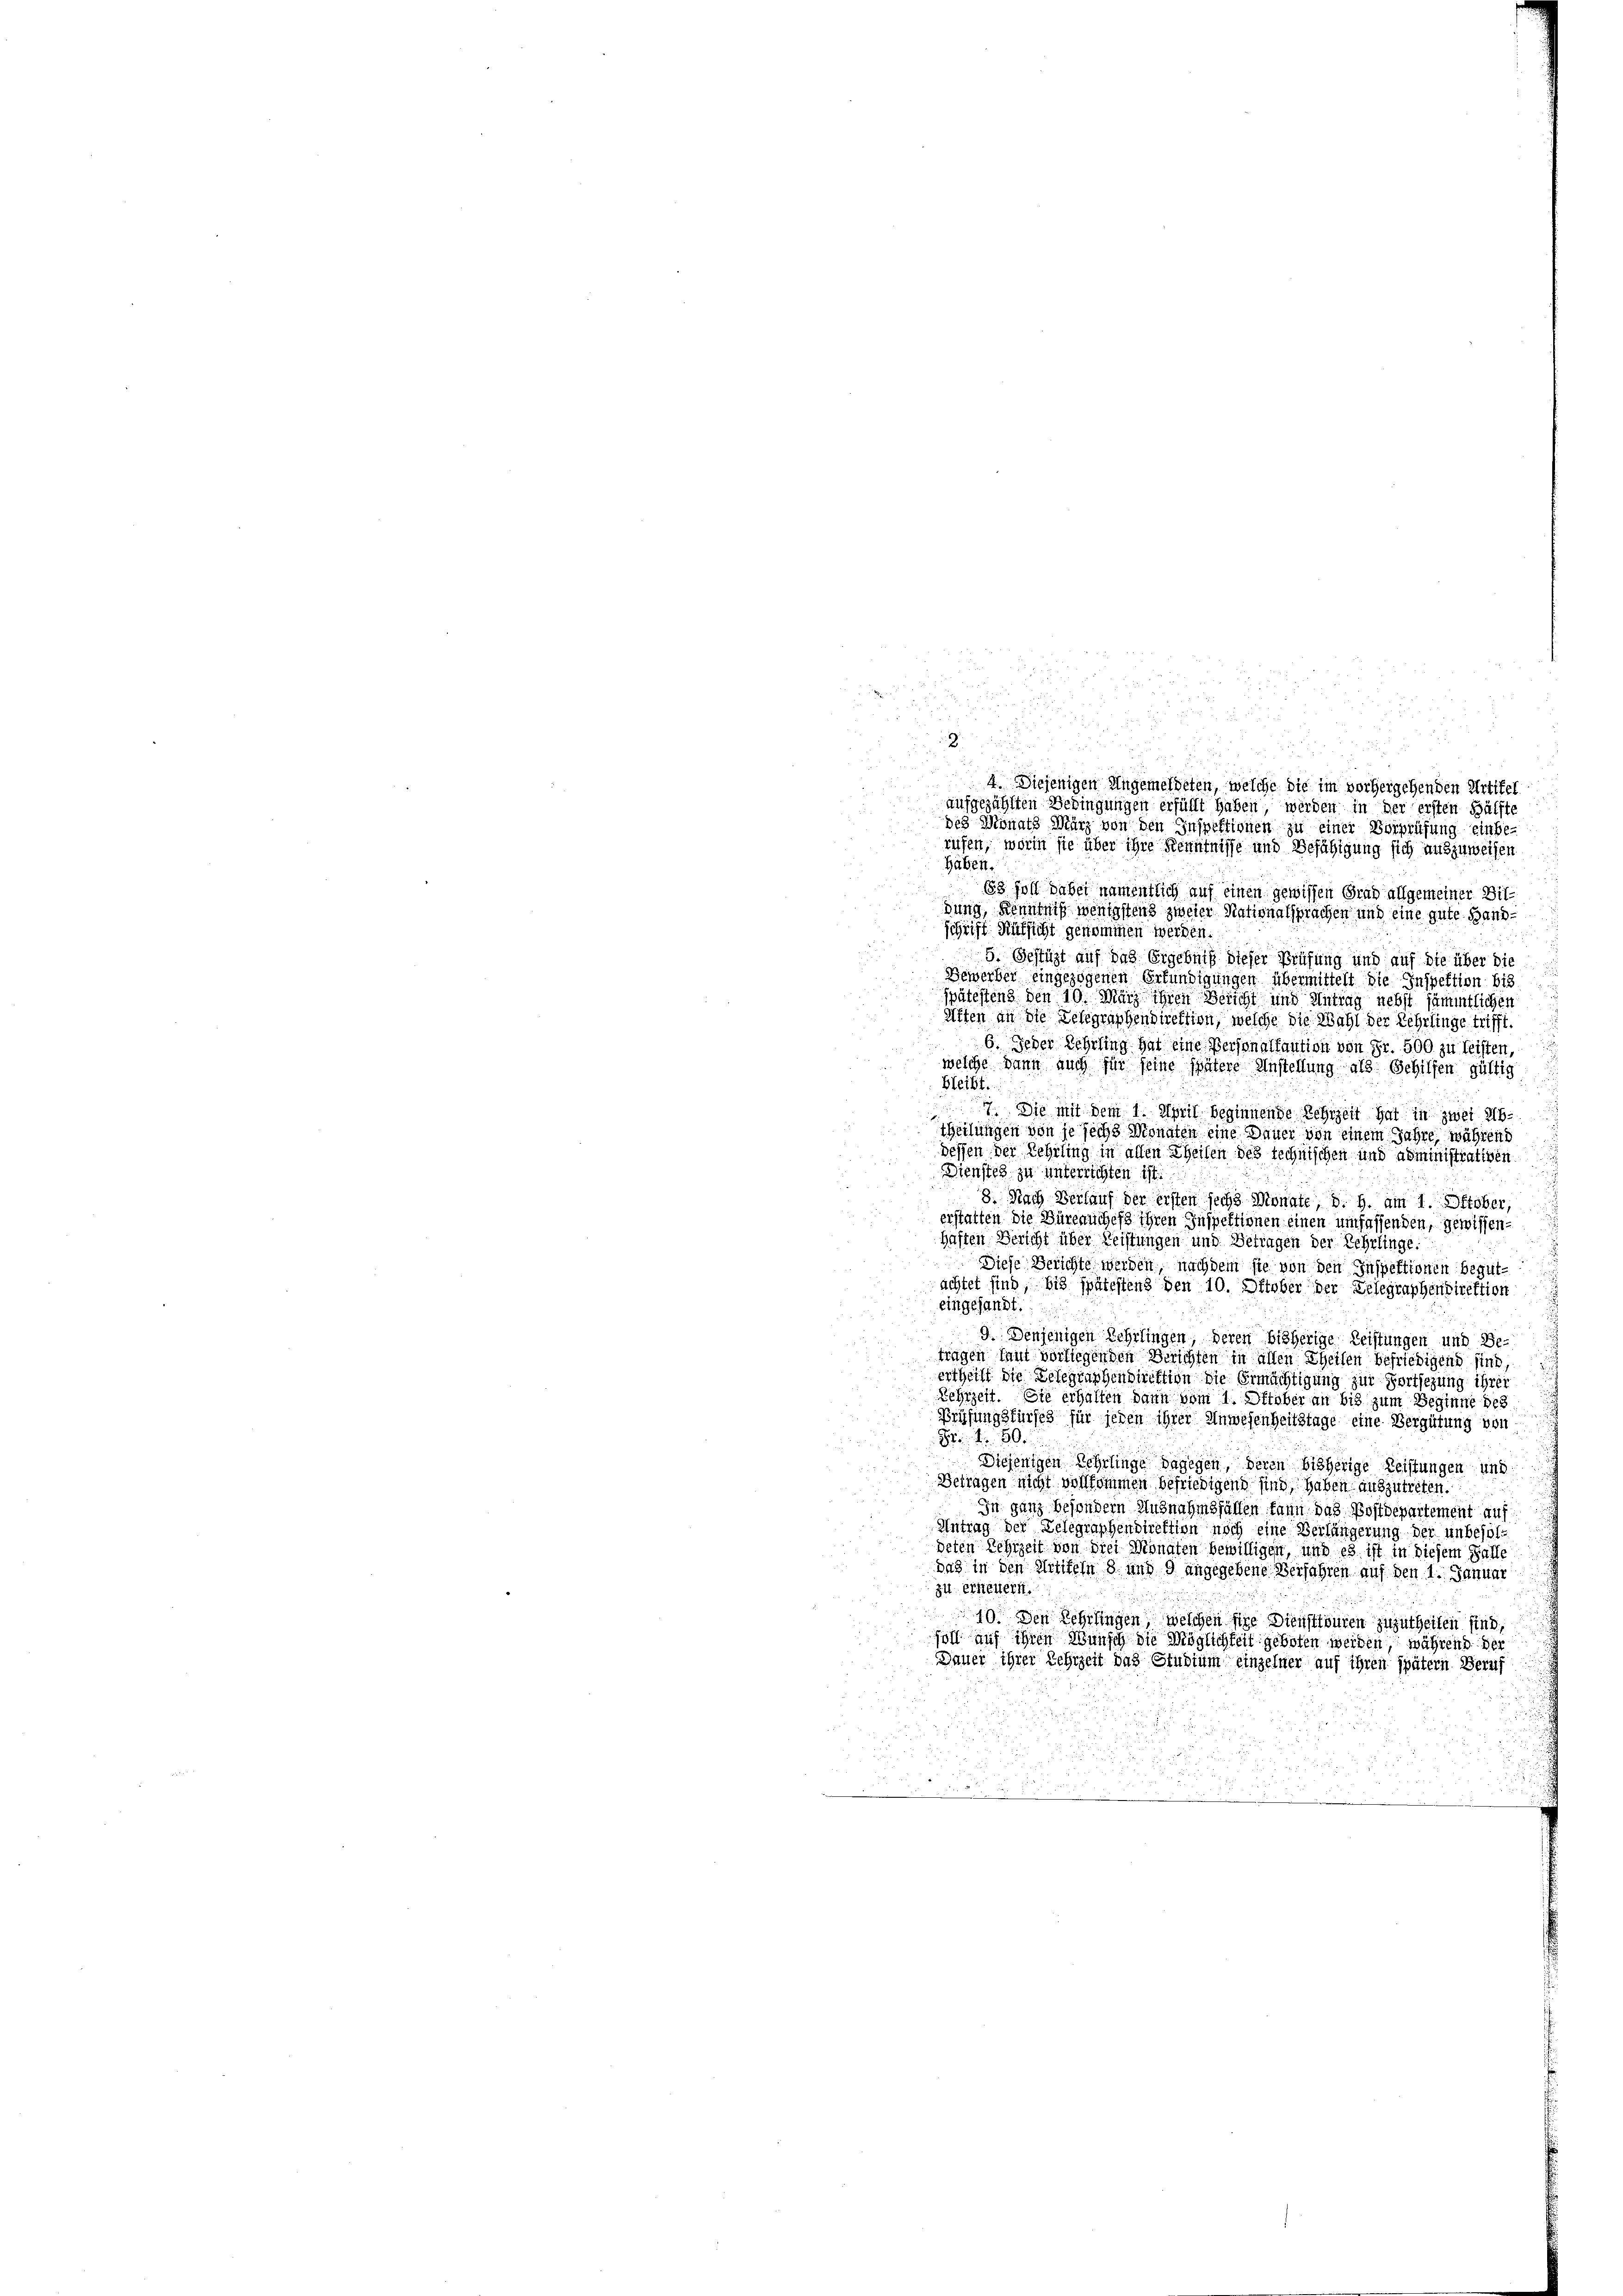
Haben.
83 soll dabei namentlich auf einen gewissen Grad allgemeiner Bildung, Kenntniß wenigstens zweier Nationalsprachen und eine gute Handschrift Rüksicht gekommen werden.
5. Gestüzt auf das Ergebniß dieser Prüfung und auf die über die
Bewerber eingezogenen Erkundigungen übermittelt die Inspektion bis
spätestens den 10. März ihren Bericht und Antrag nebst sämmtlichen
Arten an die Telegraphendirektion, welche die Wahl der Rehrlinge trifft.
6. Jeder Rehrling hat eine Personalfaution von Fr. 500 zu leisten,
welche dann auch für seine spätere Anstellung als Gehilfen gültig
bleibt.
. Sie mit dem 1. April beginnende Rehrzeit hat in zwei Ab¬
2
theilungen von je sechs Monaten eine Dauer von einem Jahre während
dessen der Rehrling in allen Theilen des technischen und administrativen
Dienstes zu unterrichten ist.
8. Nach Verlauf der ersten sechs Monate, d. h. am 1. Oktober,
erstatten die Büreauches ihren Inspektionen einen umfassenden, gewissenhaften Bericht über Leistungen und Betragen der Rehrlinge:
Diese Berichte werden, nachdem sie von den Inspektionen begutachtet sind, bis spätestens den 10. October der Gelegraphendirektion
eingesandt
9. Denjenigen Lehrlingen, deren bisherige Leistungen und Be-
tragen laut vorliegenden Berichten in allen Theilen befriedigend sind
ertheilt die Belegraphendirektion die Ermächtigung zur Fortsezung ihrer
Lehrzeit. Sie erhalten dann vom 1. Oktober an bis zum Beginne des
Prüfungsfürsch für jeden ihrer Anwesenheitstage eine Vergütung von
81. 80.
Diejenigen Lehrlinge dagegen, deren bisherige Leistungen und
Betragen nicht vollkommen befriedigend sind, haben auszutreten.
In ganz besondern Ausnahmsfällen kann das Postdepartement auf
Antrag der Telegraphendirektion noch eine Verlängerung der unbesoldeten Lehrzeit von drei Monaten bewilligen, und es ist in diesem Falle
das in den Artikeln 8 und 9 angegebene Verfahren auf den 1. Januar
zu erneuert.
10. Den Lehrlingen, welchen sie Dienstfouren zuzutheilen sind
soll auf ihren Wunsch die Möglichkeit geboten werden, während der
Dauer ihrer Lehrzeit das Studium einzelner auf ihren später Beruf

i
u

4. Diejenigen Ungemeldeten, welche die im vorhergehenden Artikel
aufgezählten Bedingungen erfüllt haben, werden in der ersten Hälfte
des Monats März von den Inspektionen zu einer Vorprüfung einbe-
rufen, worin sie über ihre Kenntnisse und Befähigung sich auszuweisen